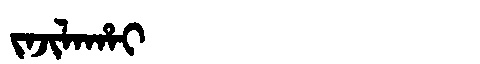
Manchu: ᠵᠠᠵᡳᠯᠠᡥᠠᡳ
Romanization: JAJILAHAI